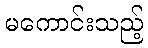
မကောင်းသည့်